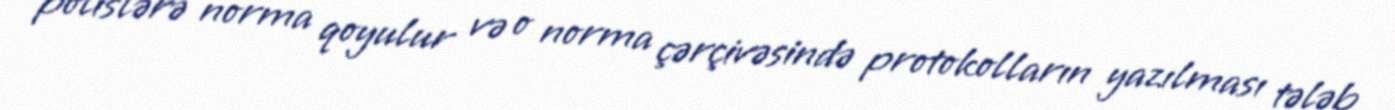
polislərə norma qoyulur və o norma çərçivəsində protokolların yazılması tələb